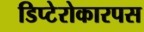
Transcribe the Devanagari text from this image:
डिप्टेरोकारपस